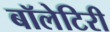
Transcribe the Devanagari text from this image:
बॉलेटिरी